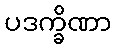
ပဒက္ခိဏာ